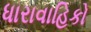
ધારાવાહિકો